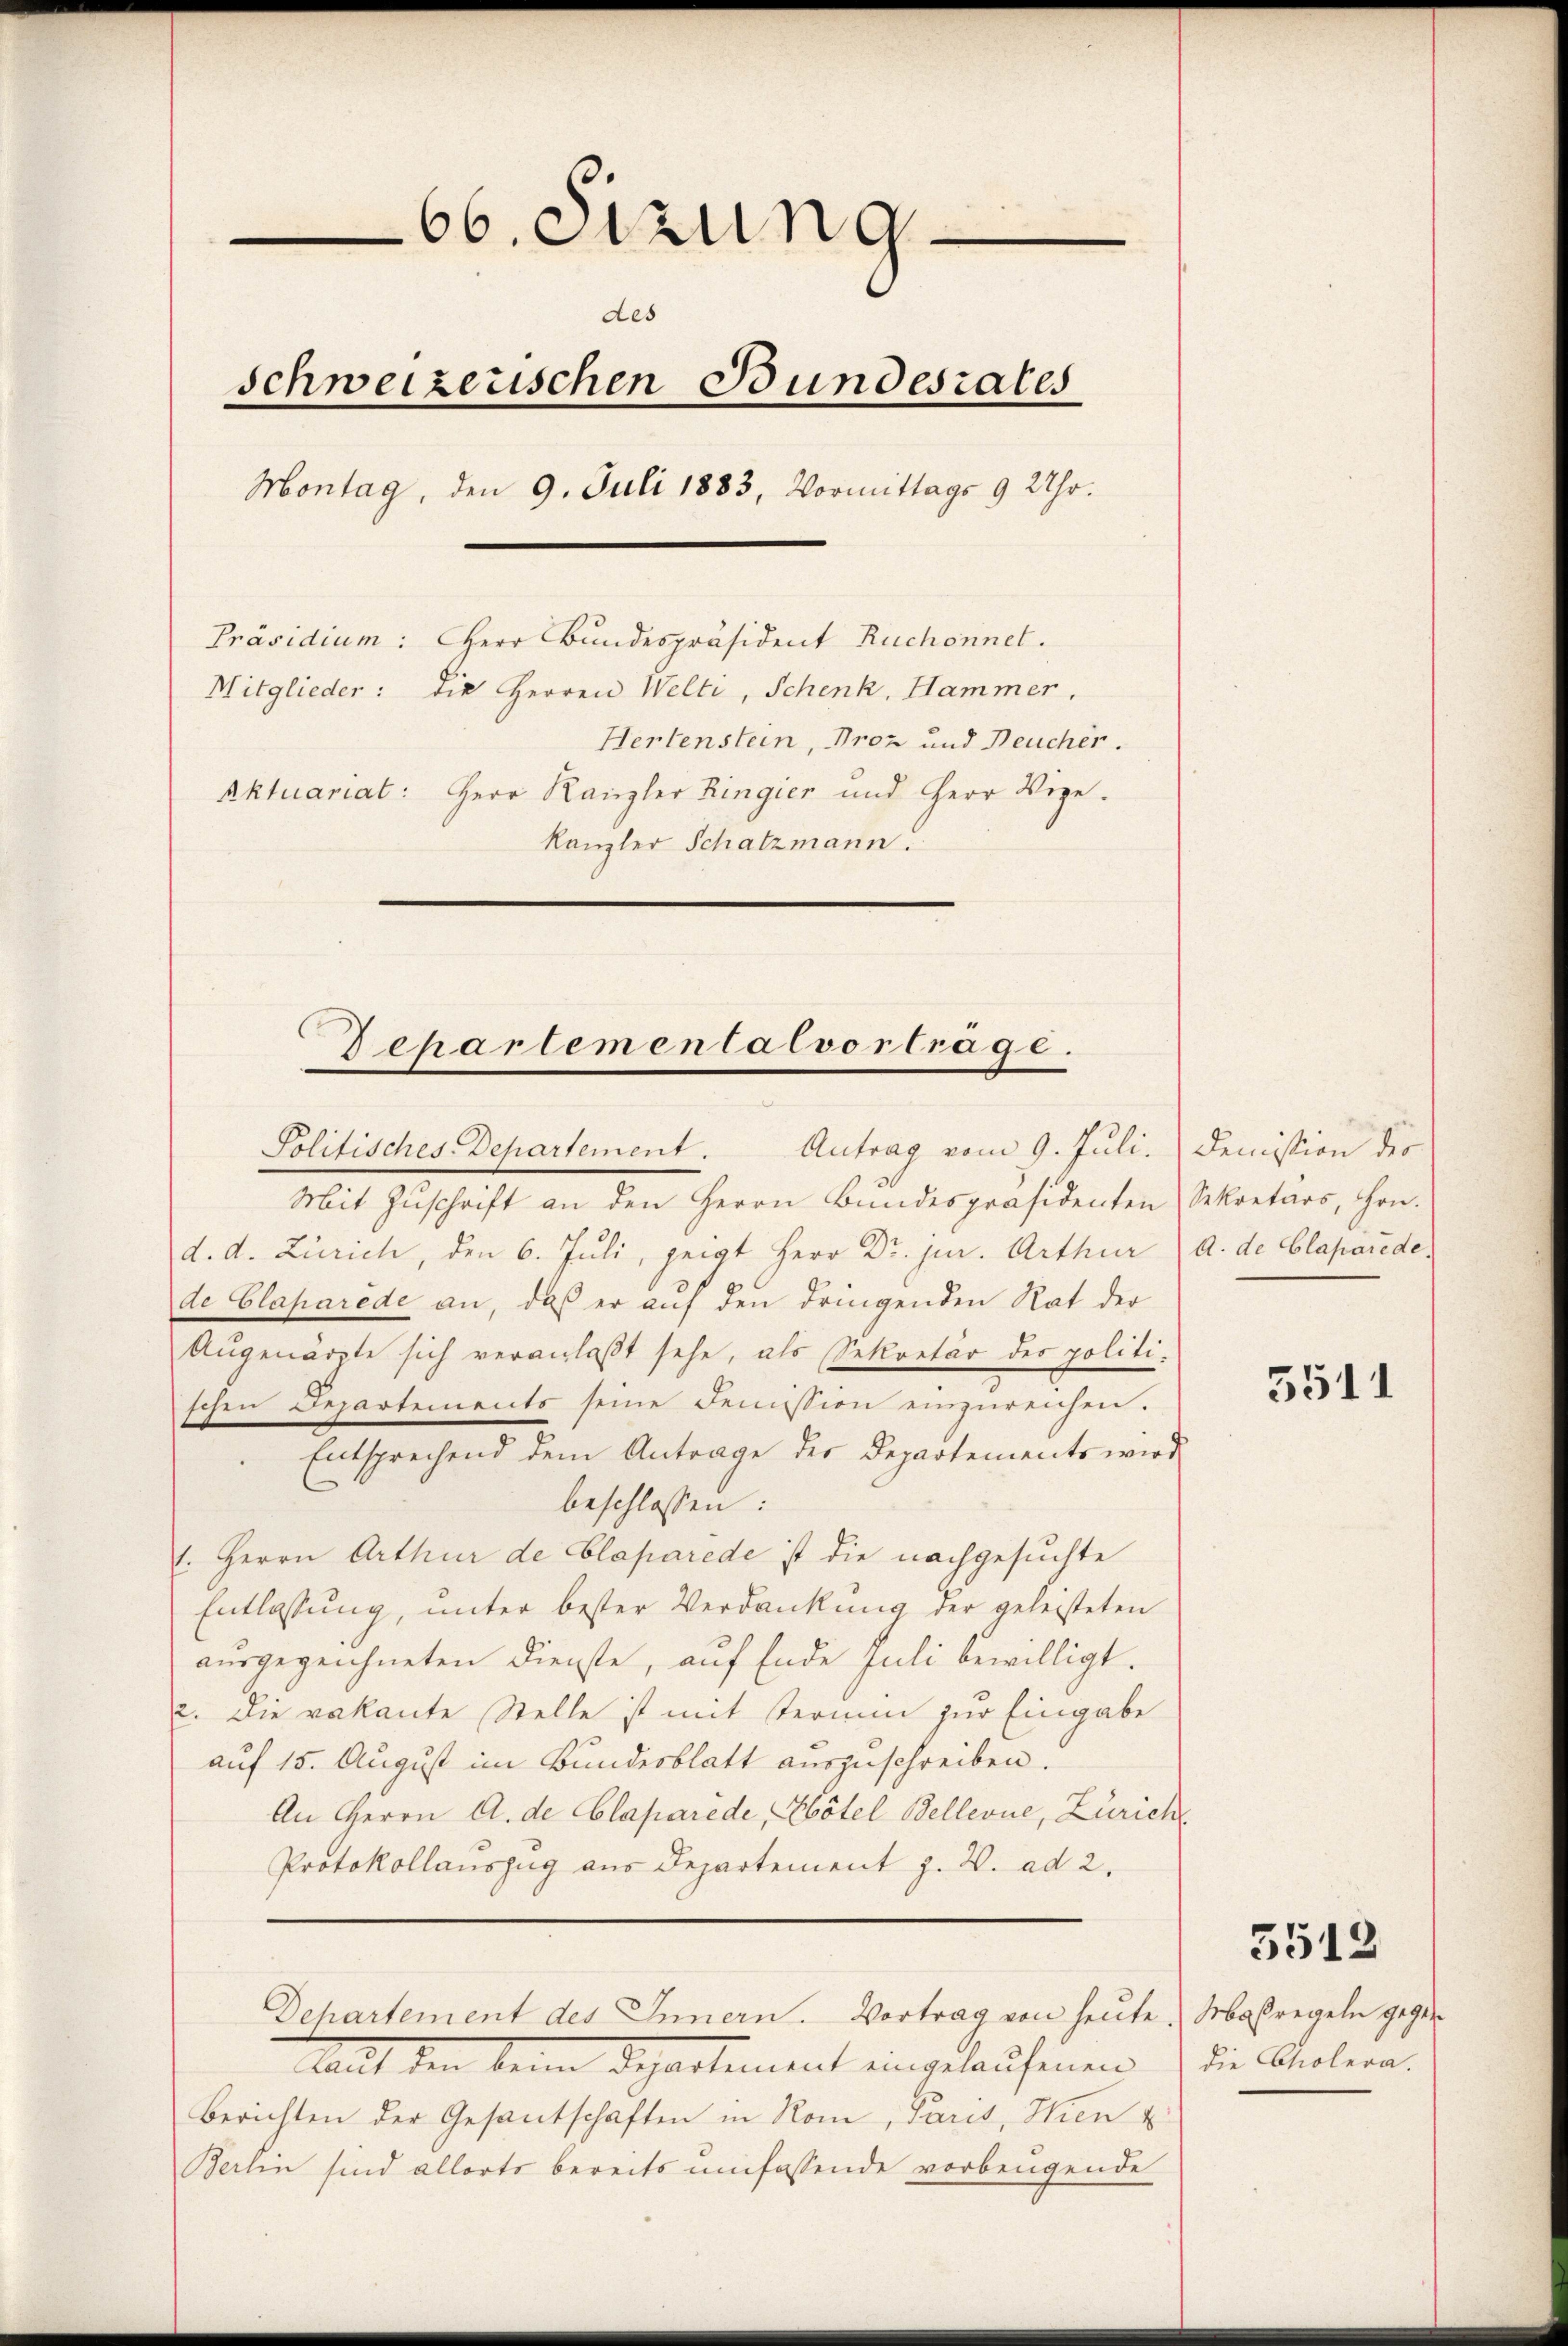
66. Sizung
e
des
schweizerischen Bundesrates
Montag, den 9. Juli 1883, Vormittags 9 Uhr.
Präsidium: Herr Bundespräsident Ruchonnet.
Mitglieder: die Herren Welti, Schenk, Hammer.
Hertenstein, Proz und Neucher.
Aktuariat: Herr Kanzler Ringier und Herr Vize-
Kanzler Schatzmann.
.

Dchartementalvorträge.

Politisches Departement. Antrag vom 9. Juli. Demission des

Mit Zuschrift an den Herrn Bundespräsidenten Sekretärs, Hrn.
d. d. Zürich, den 6. Juli, zeigt Herr Dr. jur. Arthur a. de Claparede,
de Claparède an, daß er auf den dringenden Rat der
Augenärzte sich veranlaßt sehe, als Sekretär des politi-
schen Departements seine Demission einzŭreichen.
Entsprechend dem Antrage der Departements wird
beschlossen:
l. Herrn Arthur de Claparede ist die nachgesuchte
Entlassung, unter bester Verdankung der geleisteten
ausgezeichneten Dienste, auf Ende Juli bewilligt.
2. Die vakante Stelle ist mit Termin zur Eingabe
auf 15. August im Bundesblatt auszuschreiben.
An Herrn A. de Claparede, Hôtel Bellevue, Zürich
Protokollauszug aus Departement z. B. ad 2.
Departement des Innern. Vortrag von heute Maßregeln gegen
Mllt den beim Departement eingelaufenen
Berichten der Gesantschaften in Rom, Paris, Wien &
Berlin sind allorts bereits umfassende vorbeugende

5511

5512

die Cholera.